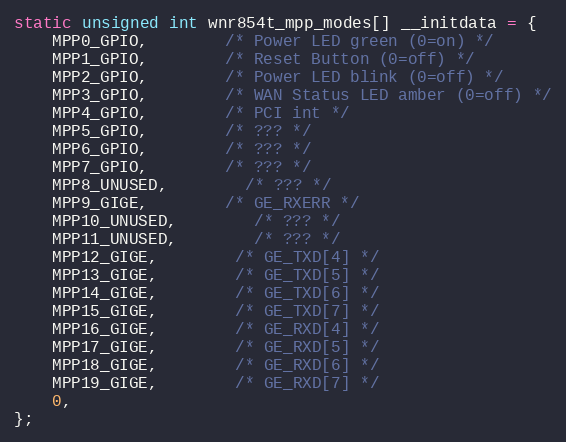
Language: C
static unsigned int wnr854t_mpp_modes[] __initdata = {
	MPP0_GPIO,		/* Power LED green (0=on) */
	MPP1_GPIO,		/* Reset Button (0=off) */
	MPP2_GPIO,		/* Power LED blink (0=off) */
	MPP3_GPIO,		/* WAN Status LED amber (0=off) */
	MPP4_GPIO,		/* PCI int */
	MPP5_GPIO,		/* ??? */
	MPP6_GPIO,		/* ??? */
	MPP7_GPIO,		/* ??? */
	MPP8_UNUSED,		/* ??? */
	MPP9_GIGE,		/* GE_RXERR */
	MPP10_UNUSED,		/* ??? */
	MPP11_UNUSED,		/* ??? */
	MPP12_GIGE,		/* GE_TXD[4] */
	MPP13_GIGE,		/* GE_TXD[5] */
	MPP14_GIGE,		/* GE_TXD[6] */
	MPP15_GIGE,		/* GE_TXD[7] */
	MPP16_GIGE,		/* GE_RXD[4] */
	MPP17_GIGE,		/* GE_RXD[5] */
	MPP18_GIGE,		/* GE_RXD[6] */
	MPP19_GIGE,		/* GE_RXD[7] */
	0,
};